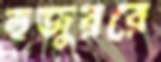
হুজুররে